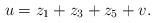
LaTeX: \begin{align*}u = z_1 + z_3 + z_5+ v.\end{align*}